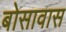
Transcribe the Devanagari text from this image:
बोसावास